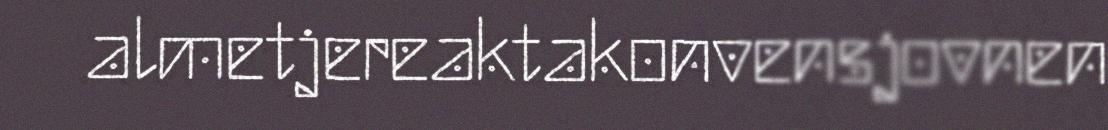
almetjereaktakonvensjovnen